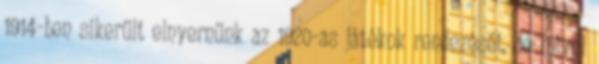
1914-ben sikerült elnyernünk az 1920-as játékok rendezését, de mivel